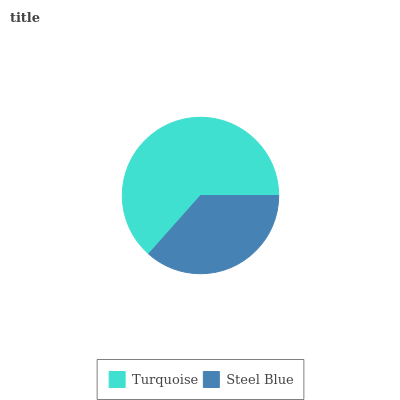
| Turquoise | Steel Blue |
 | --- | --- |
 | 63.4% | 36.6% |